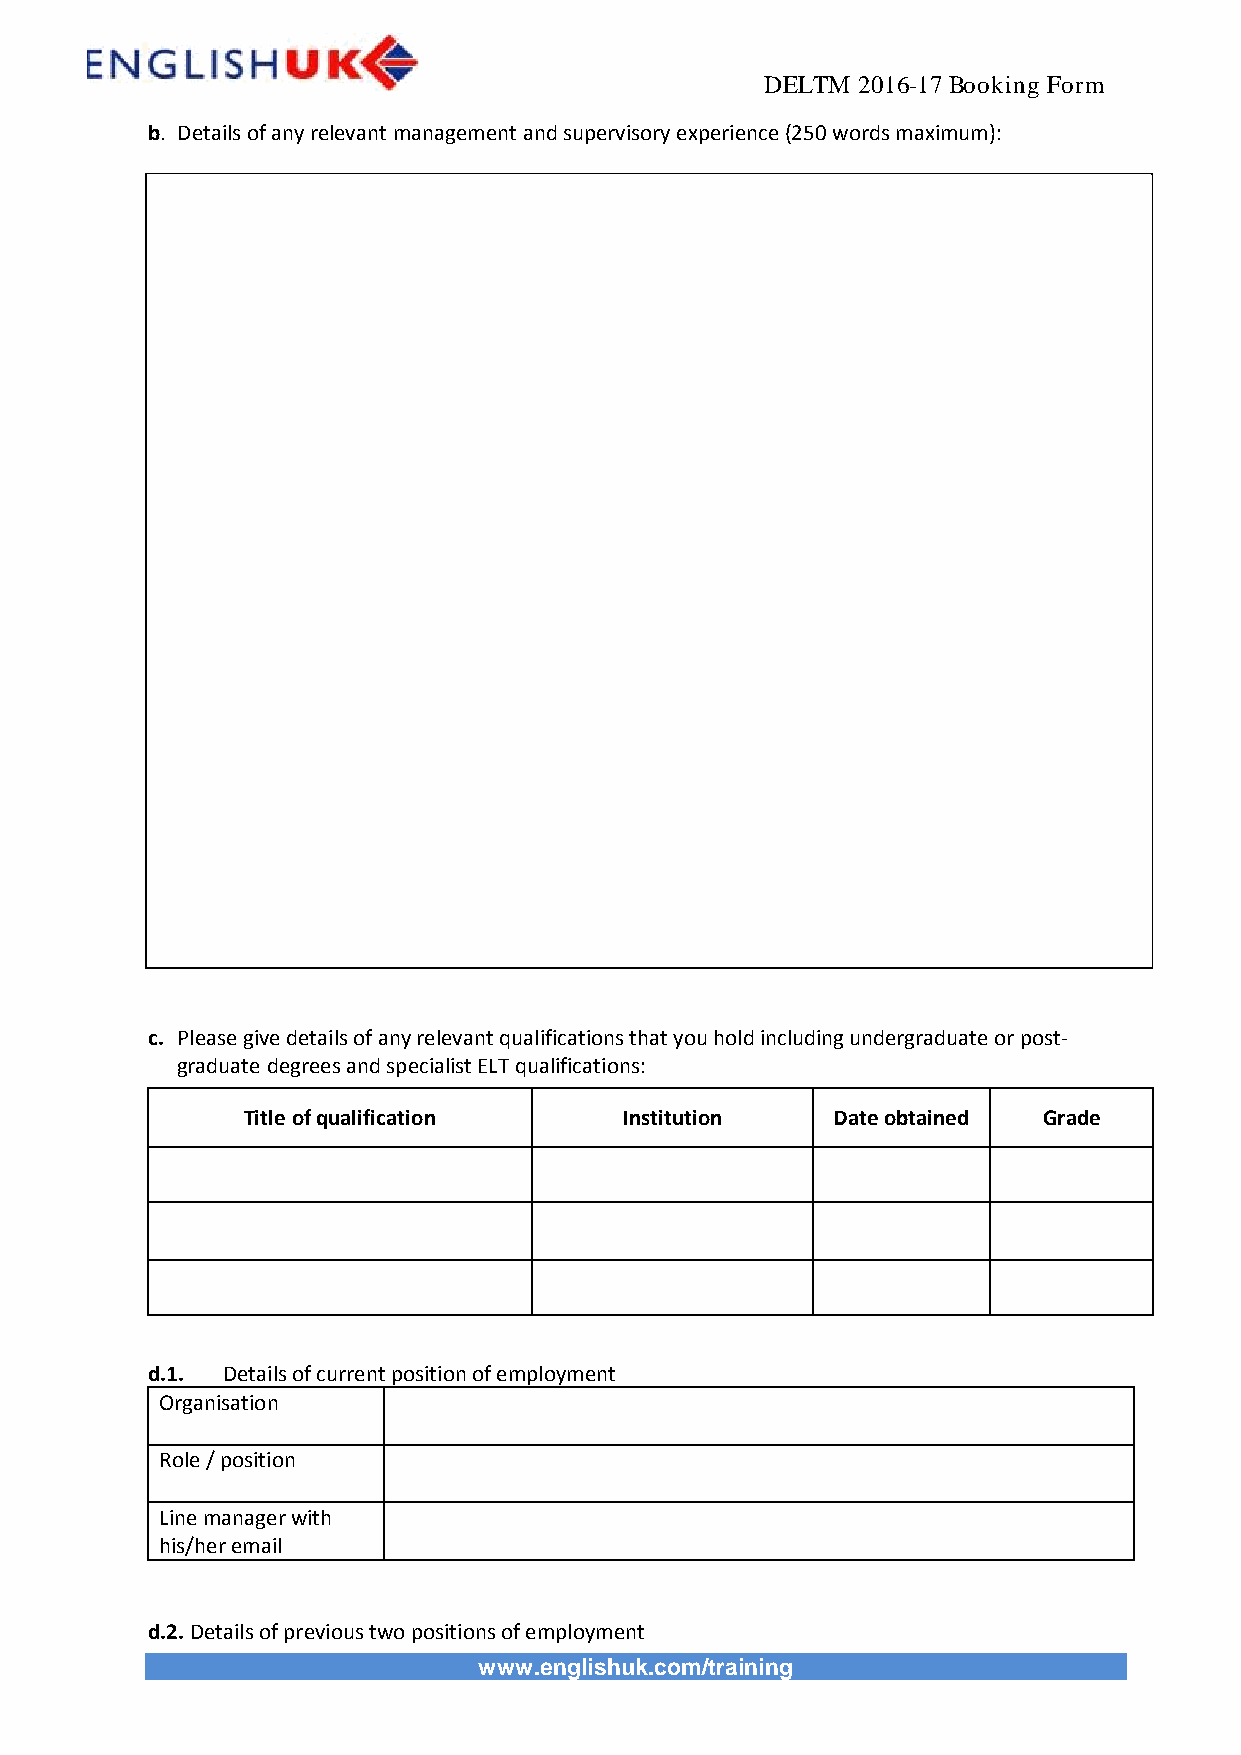
DELTM 2016-17 Booking Form
 b. Details of any relevant management and supervisory experience (250 words maximum):
 c. Please give details of any relevant qualifications that you hold including undergraduate or post-
 graduate degrees and specialist ELT qualifications:
 Title of qualification   Institution   Date obtained Grade
 d.1. Details of current position of employment
 Organisation
 Role / position
 Line manager with
 his/her email
 d.2. Details of previous two positions of employment
 www.englishuk.com/training